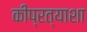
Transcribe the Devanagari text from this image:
कीप्रत्याशा